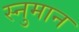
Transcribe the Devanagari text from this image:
स्नुमान